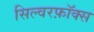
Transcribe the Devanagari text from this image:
सिल्वरफ़ॉक्स